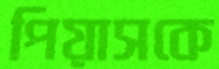
পিয়াসকে